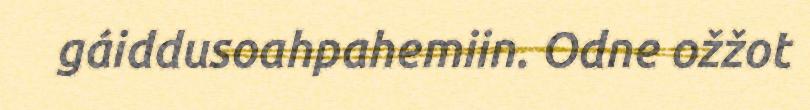
gáiddusoahpahemiin. Odne ožžot